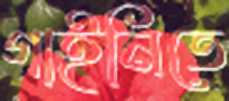
গাইনিতে